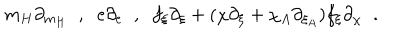
LaTeX: m _ { H } \partial _ { m _ { H } } \; \; , \; \; e \partial _ { e } \; \; , \; \; f _ { \xi } \partial _ { \xi } + ( \chi \partial _ { \xi } + \chi _ { A } \partial _ { \xi _ { A } } ) f _ { \xi } \partial _ { \chi } \; \; .